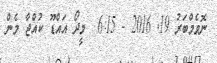
ނޮވެމްބަރު 19